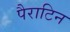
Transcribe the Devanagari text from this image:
पैराटिन